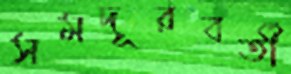
সমদূরবর্তী